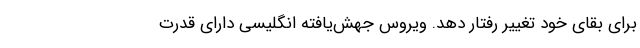
برای بقای خود تغییر رفتار دهد. ویروس جهش‌یافته انگلیسی دارای قدرت